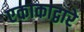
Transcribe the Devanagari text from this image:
एकाकाद्वारे